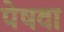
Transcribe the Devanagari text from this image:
पेषवा